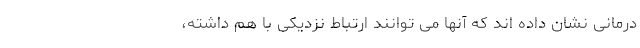
درمانی نشان داده اند که آنها می توانند ارتباط نزدیکی با هم داشته،